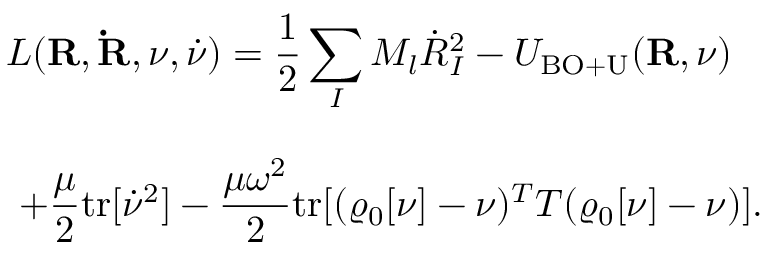
\begin{array} { l } { { \displaystyle { \cal L } ( { \bf R } , { \bf \dot { R } } , \nu , { \dot { \nu } } ) = \frac { 1 } { 2 } \sum _ { I } M _ { l } { \dot { R } } _ { I } ^ { 2 } - { \cal U } _ { \mathrm { B O + U } } ( { \bf R } , \nu ) } } \\ { ~ ~ } \\ { { \displaystyle ~ + \frac { \mu } { 2 } \mathrm { t r } [ { \dot { \nu } } ^ { 2 } ] - \frac { \mu \omega ^ { 2 } } { 2 } \mathrm { t r } [ ( \varrho _ { \mathrm { 0 } } [ \nu ] - \nu ) ^ { T } { \cal T } ( \varrho _ { 0 } [ \nu ] - \nu ) ] } . } \end{array}